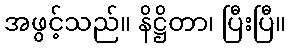
အဖွင့်သည်။ နိဋ္ဌိတာ၊ ပြီးပြီ။